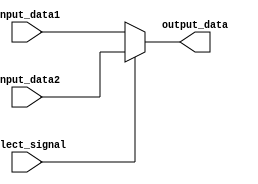
module my_5bit2to1_mux(input_data1, input_data2, output_data, select_signal);
   
    input [4:0] input_data1;
    input [4:0] input_data2;
    
    input select_signal;
    
    output [4:0] output_data;
    
    assign output_data = select_signal ? input_data2 : input_data1;
    
endmodule